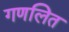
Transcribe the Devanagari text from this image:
गणलित